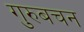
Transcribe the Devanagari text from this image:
गुरुबचन